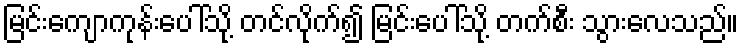
မြင်းကျောကုန်းပေါ်သို့ တင်လိုက်၍ မြင်းပေါ်သို့ တက်စီး သွားလေသည်။